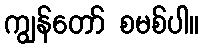
ကျွန်တော် စမစ်ပါ။